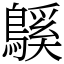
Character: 䳶